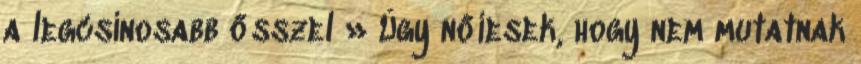
a legcsinosabb ősszel » Úgy nőiesek, hogy nem mutatnak